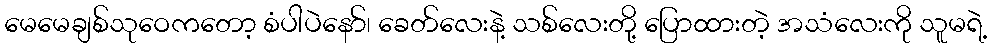
မေမေချစ်သုဝေကတော့ စံပါပဲနော်၊ ခေတ်လေးနဲ့ သစ်လေးတို့ ပြောထားတဲ့ အသံလေးကို သူမရဲ့